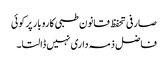
صارفی تحفظ قانون طبی کاروبار پر کوئی
فاضل ذمہ داری نہیں ڈالتا۔